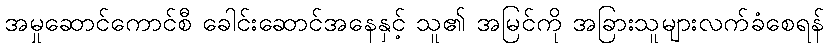
အမှုဆောင်ကောင်စီ ခေါင်းဆောင်အနေနှင့် သူ၏ အမြင်ကို အခြားသူများလက်ခံစေရန်